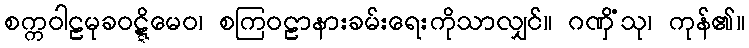
စက္ကဝါဠမုခဝဋ္ဋိမေဝ၊ စကြဝဠာနားခမ်းရေးကိုသာလျှင်။ ဂဏှိံသု၊ ကုန်၏။